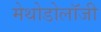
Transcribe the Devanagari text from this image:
मेथोडोलॉजी